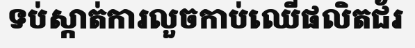
ទប់ស្កាត់ការលួចកាប់ឈើផលិតជ័រ